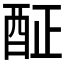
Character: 𨠣